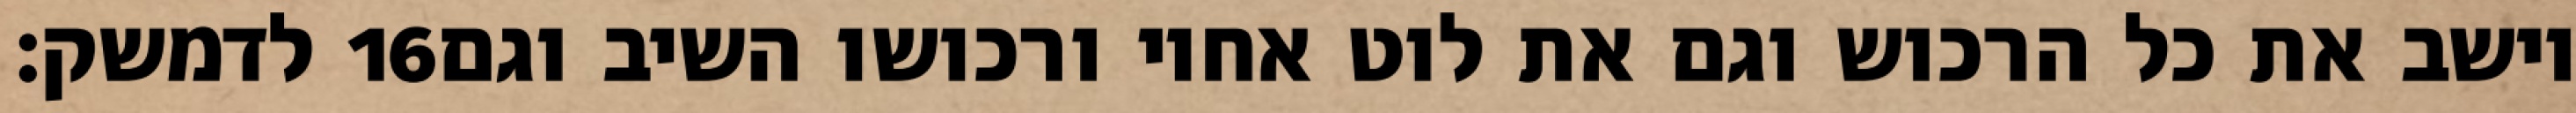
לדמשק׃ ‎16‏ וישב את כל הרכוש וגם את לוט אחיו ורכושו השיב וגם